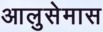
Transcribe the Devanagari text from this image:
आलुसेमास